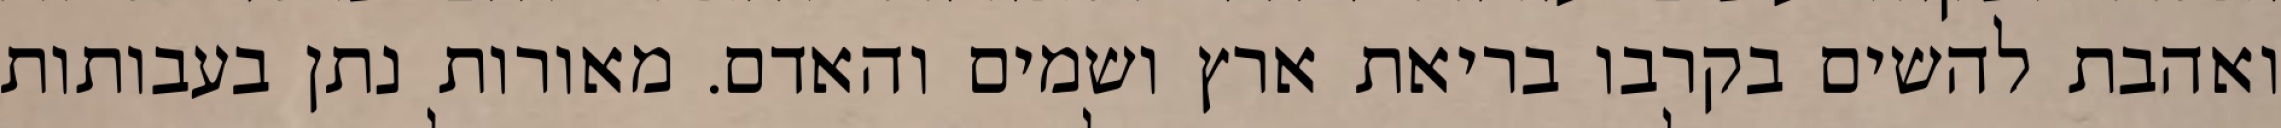
ואהבת להשים בקרבו בריאת ארץ ושמים והאדם. מאורות נתן בעבותות